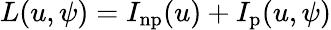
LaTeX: \begin{array}{r}{L(u,\psi)=I_{\mathrm{np}}(u)+I_{\mathrm{p}}(u,\psi)}\end{array}